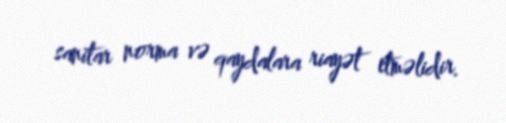
sanitar norma və qaydalara riayət etməlidir.